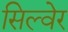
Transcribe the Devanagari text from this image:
सिल्वेर